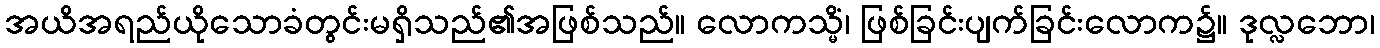
အယိအရည်ယိုသောခံတွင်းမရှိသည်၏အဖြစ်သည်။ လောကသ္မိံ၊ ဖြစ်ခြင်းပျက်ခြင်းလောက၌။ ဒုလ္လဘော၊